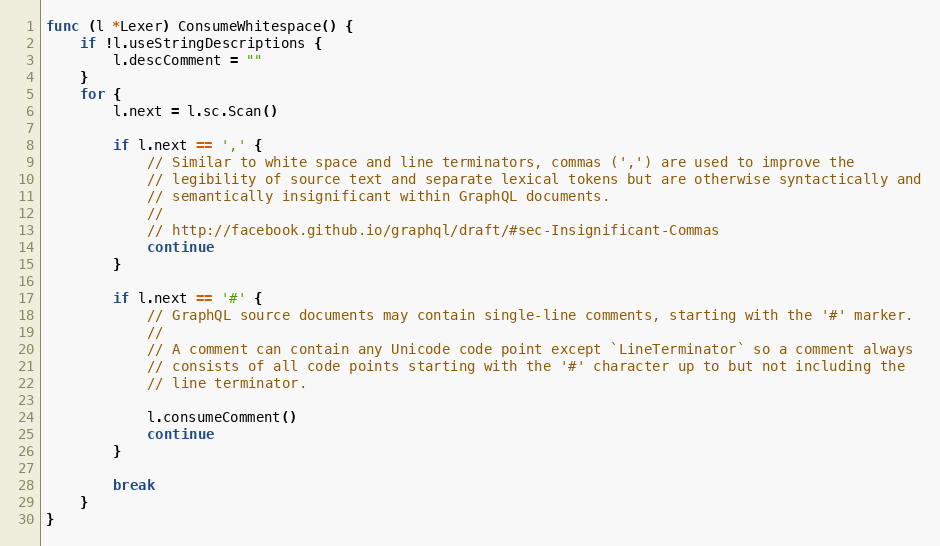
Language: Go
func (l *Lexer) ConsumeWhitespace() {
	if !l.useStringDescriptions {
		l.descComment = ""
	}
	for {
		l.next = l.sc.Scan()

		if l.next == ',' {
			// Similar to white space and line terminators, commas (',') are used to improve the
			// legibility of source text and separate lexical tokens but are otherwise syntactically and
			// semantically insignificant within GraphQL documents.
			//
			// http://facebook.github.io/graphql/draft/#sec-Insignificant-Commas
			continue
		}

		if l.next == '#' {
			// GraphQL source documents may contain single-line comments, starting with the '#' marker.
			//
			// A comment can contain any Unicode code point except `LineTerminator` so a comment always
			// consists of all code points starting with the '#' character up to but not including the
			// line terminator.

			l.consumeComment()
			continue
		}

		break
	}
}